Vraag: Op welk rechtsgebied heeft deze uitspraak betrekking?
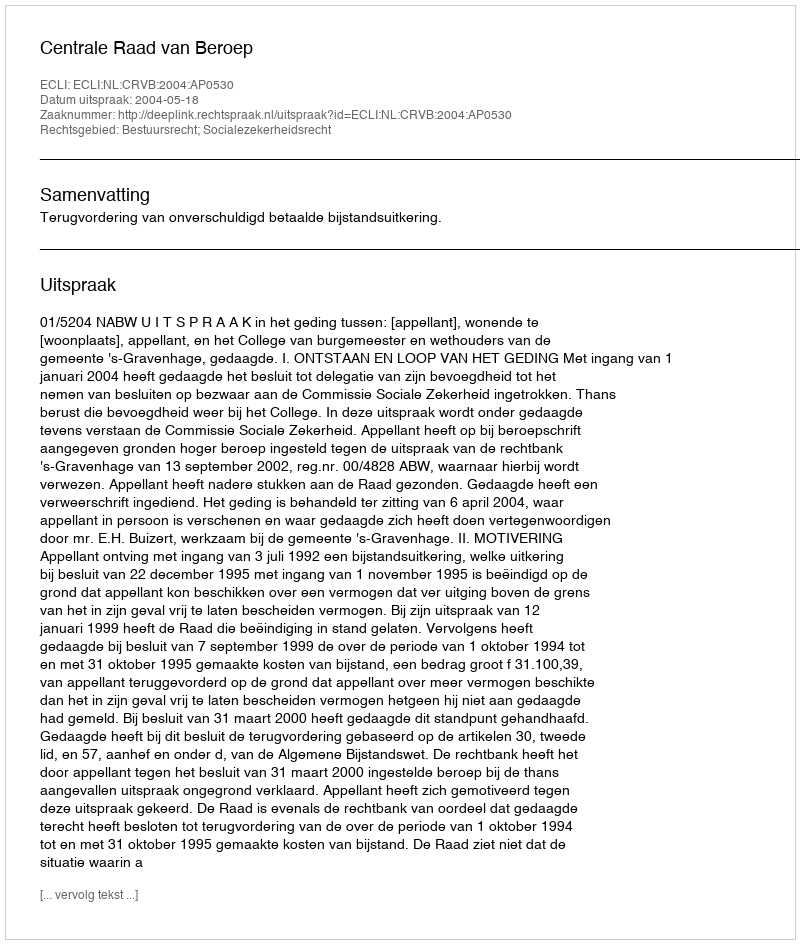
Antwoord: Bestuursrecht; Socialezekerheidsrecht